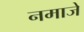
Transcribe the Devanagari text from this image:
नमाजे